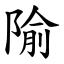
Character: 隃